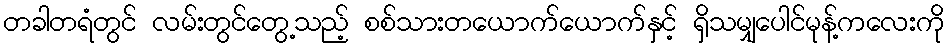
တခါတရံတွင် လမ်းတွင်တွေ့သည့် စစ်သားတယောက်ယောက်နှင့် ရှိသမျှပေါင်မုန့်ကလေးကို